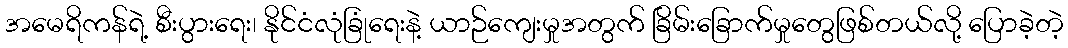
အမေရိကန်ရဲ့ စီးပွားရေး၊ နိုင်ငံလုံခြုံရေးနဲ့ ယာဉ်ကျေးမှုအတွက် ခြိမ်းခြောက်မှုတွေဖြစ်တယ်လို့ ပြောခဲ့တဲ့